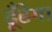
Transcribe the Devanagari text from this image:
ढूँढेगा